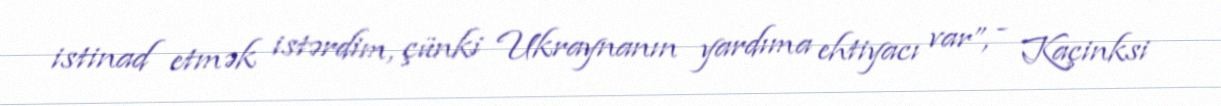
istinad etmək istərdim, çünki Ukraynanın yardıma ehtiyacı var”, - Kaçinksi